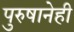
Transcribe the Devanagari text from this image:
पुरुषानेही